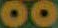
00